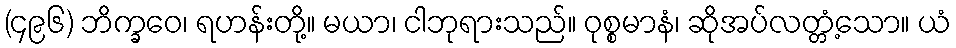
(၄၉၆) ဘိက္ခဝေ၊ ရဟန်းတို့။ မယာ၊ ငါဘုရားသည်။ ဝုစ္စမာနံ၊ ဆိုအပ်လတ္တံ့သော။ ယံ